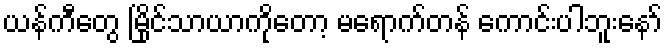
ယန်ကီတွေ မြိုင်သာယာကိုတော့ မရောက်တန် ကောင်းပါဘူးနော်